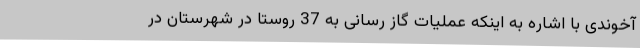
آخوندی با اشاره به اینکه عملیات گاز رسانی به 37 روستا در شهرستان در